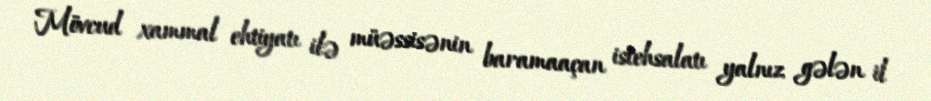
Mövcud xammal ehtiyatı ilə müəssisənin baramaaçan istehsalatı yalnız gələn il